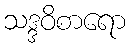
သဒ္ဒဝိစာရော